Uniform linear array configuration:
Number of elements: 32
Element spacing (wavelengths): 0.75
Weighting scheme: exponential
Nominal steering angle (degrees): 15
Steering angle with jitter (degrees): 16.837
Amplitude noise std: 0.05
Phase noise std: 0.05

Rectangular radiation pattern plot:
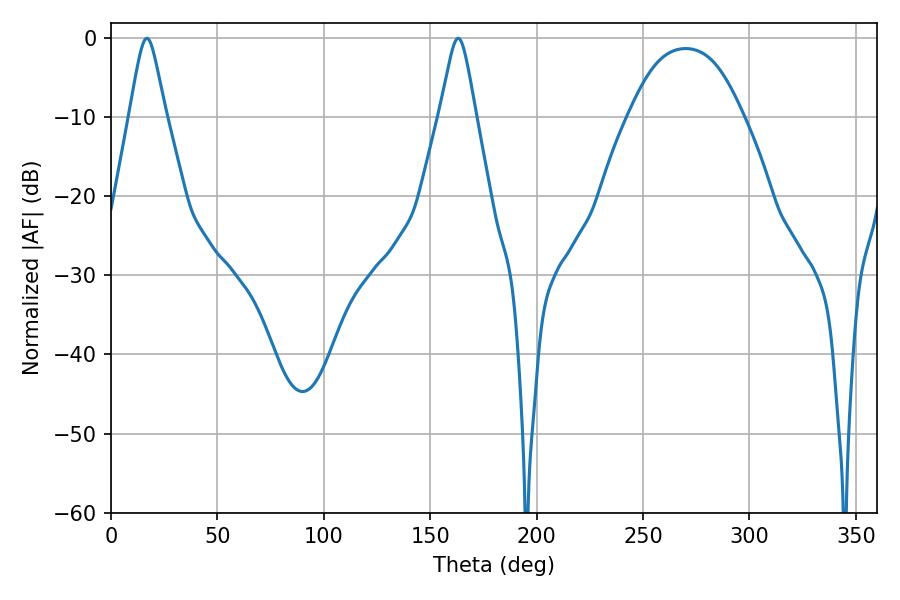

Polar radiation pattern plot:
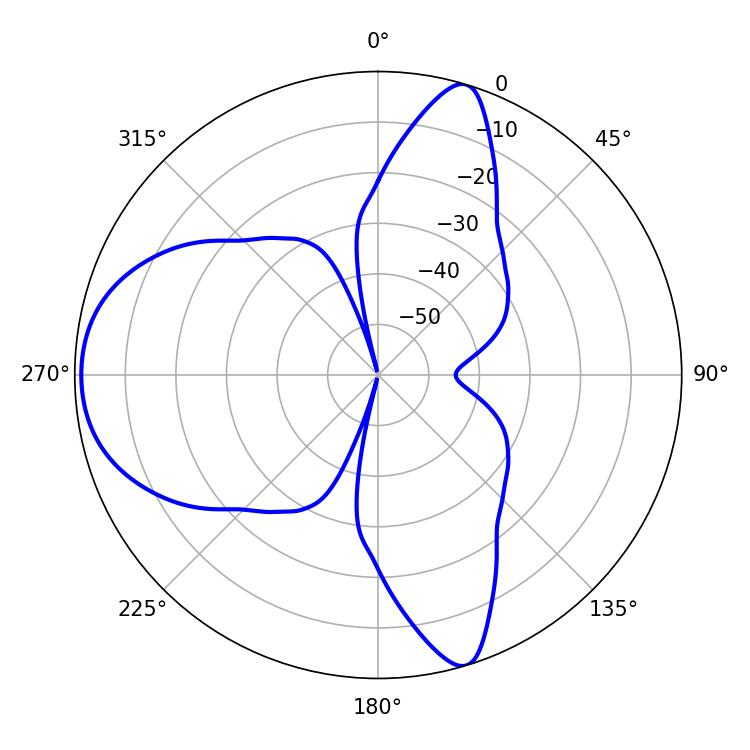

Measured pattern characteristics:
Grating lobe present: TRUE
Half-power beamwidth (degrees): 8.1
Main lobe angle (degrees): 16.92